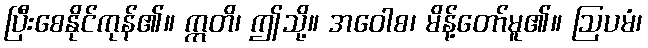
ပြီးစေနိုင်ကုန်၏။ ဣတိ၊ ဤသို့။ အဝေါစ၊ မိန့်တော်မူ၏။ ဩပမံ၊